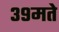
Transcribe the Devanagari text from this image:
३९मते